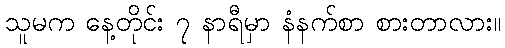
သူမက နေ့တိုင်း ၇ နာရီမှာ နံနက်စာ စားတာလား။